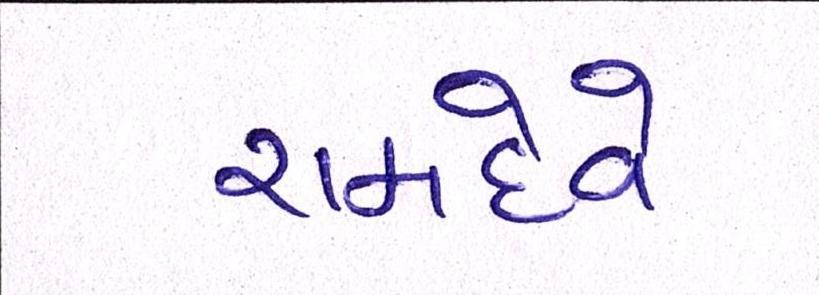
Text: રામદેવે